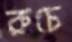
রুচে